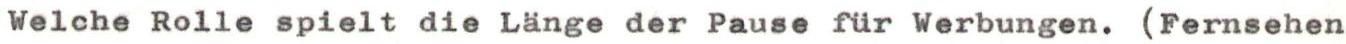
Welche Rolle spielt die Länge der Pause für Werbungen. (Fernsehen